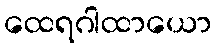
ထေရဂါထာယော